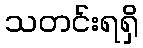
သတင်းရရှိ